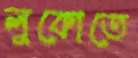
লুকোতে